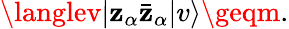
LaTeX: \langlev|\mathbf{z}_{\alpha}\bar{{\mathbf{z}}}_{\alpha}|v\rangle\geqm.